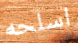
اسلحه